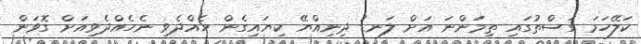
ކަލޭހަމަ ގަސްތުގައި ތިމަންނަ އަށް ލަނޑު ދިނިއްޔޭ ކިޔައިގެން ހެއްދެވި ނެހެއްދެވިއަށް ގޮވަން